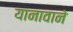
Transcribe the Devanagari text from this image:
यानावाने